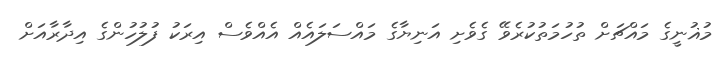
މުޣުނީގެ މައްޗަށް ތުހުމަތުކުރެވޭ ގެވެށި އަނިޔާގެ މައްސަލައެއް އެއްވެސް އިރަކު ފުލުހުންގެ އިދާރާއަށް